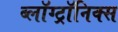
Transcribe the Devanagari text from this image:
ब्लॉग्ट्रॉनिक्स